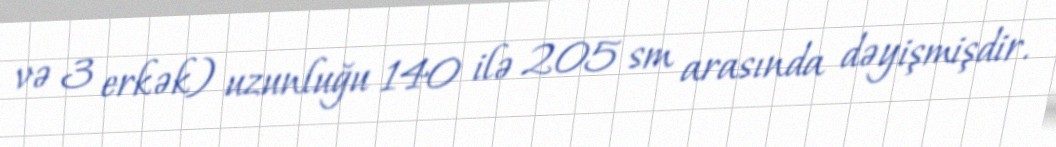
və 3 erkək) uzunluğu 140 ilə 205 sm arasında dəyişmişdir.